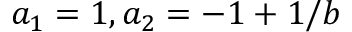
a _ { 1 } = 1 , a _ { 2 } = - 1 + 1 / b